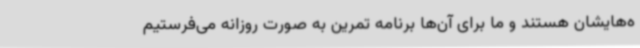
ه‌هایشان هستند و ما برای آن‌ها برنامه تمرین به صورت روزانه می‌فرستیم